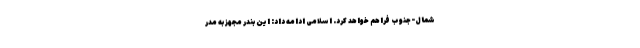
شمال-جنوب فراهم خواهد کرد. اسلامی ادامه داد: این بندر مجهز به مدر